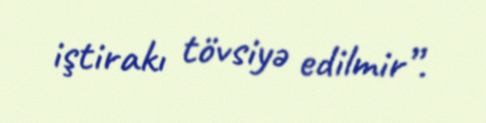
iştirakı tövsiyə edilmir”.